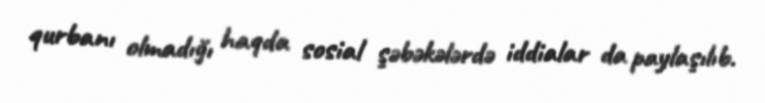
qurbanı olmadığı haqda sosial şəbəkələrdə iddialar da paylaşılıb.